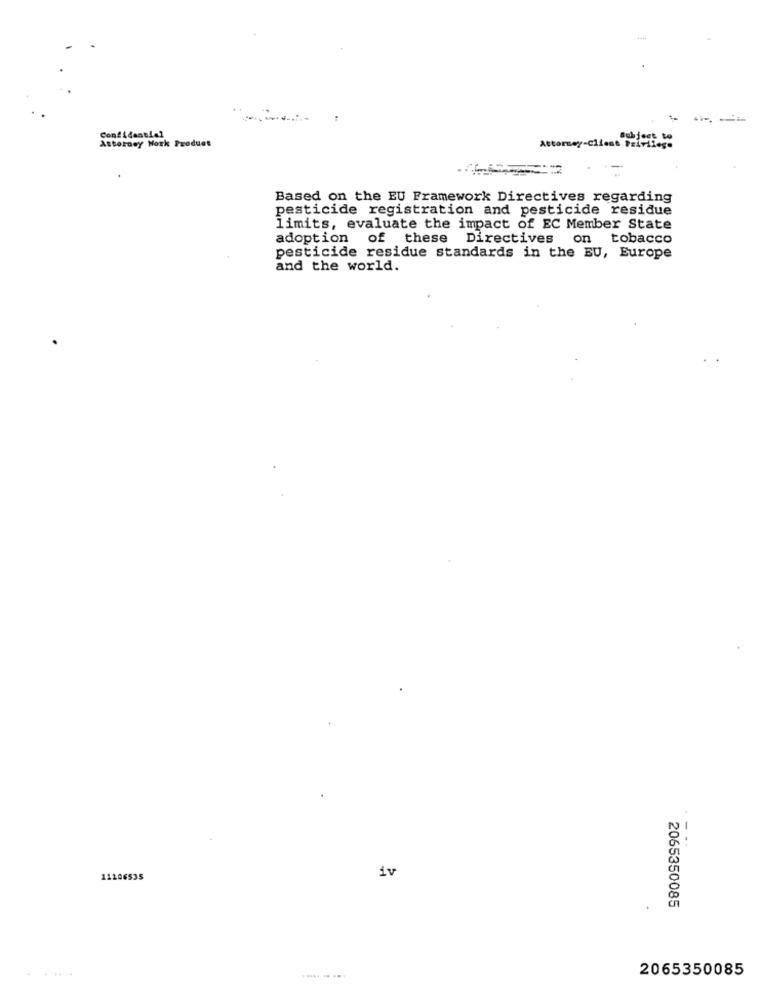
Attorany Work Produet
Confidential
Subject to
Attorney-Client Privilege
--
Based on the EU Framework Directives regarding
pesticide registration and pesticide residue
limits, evaluate the impact of EC Member State
adoption of these Directives on tobacco
pesticide residue standards in the EU, Europe
and the world.
-..
iv
11106535
2065350085
.....
2065350085